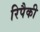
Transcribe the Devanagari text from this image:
रिपैकी